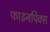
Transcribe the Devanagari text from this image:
फाइनपिक्स